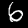
Digit: 6